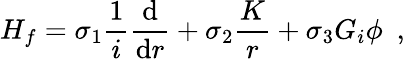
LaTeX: H_{f}=\sigma_{1}\frac{1}{i}\frac{\mathrm{d}}{\mathrm{d}r}+\sigma_{2}\frac{K}{r}+\sigma_{3}G_{i}\phi~~,